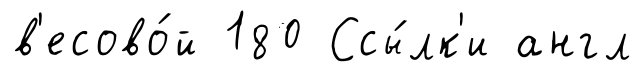
в'есово́й 180 Ссы́лк'и англ